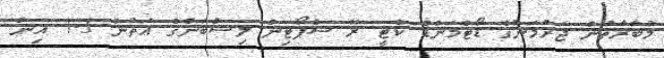
މުބާރާތުން ޖަރުމަނުގެ ޑޯޓްމަންޑް ކެޓީ ރޭ ސްޕޯޓިން ލިސްބަންގެ އަތުން 3-1 އިން